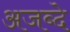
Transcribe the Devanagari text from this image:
अजब्दे